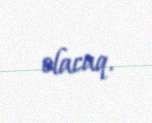
olacaq.